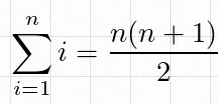
\sum_{i=1}^{n}i=\frac{n(n+1)}2